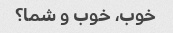
خوب، خوب و شما؟